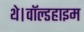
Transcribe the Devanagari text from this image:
थे।वॉल्डहाइम